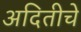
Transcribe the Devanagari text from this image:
अदितीचे